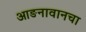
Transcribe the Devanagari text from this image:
आङनावानचा